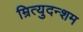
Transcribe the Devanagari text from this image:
म्रित्युदन्शम